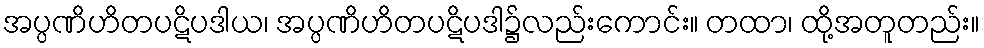
အပ္ပဏိဟိတပဋိပဒါယ၊ အပ္ပဏိဟိတပဋိပဒါ၌လည်းကောင်း။ တထာ၊ ထို့အတူတည်း။